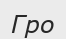
Гро